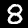
Digit: 8